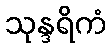
သုန္ဒရိကံ